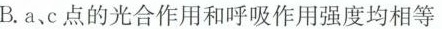
B.a、c点的光合作用和呼吸作用强度均相等